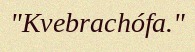
"Kvebrachófa."